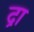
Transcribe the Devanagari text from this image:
द्रा